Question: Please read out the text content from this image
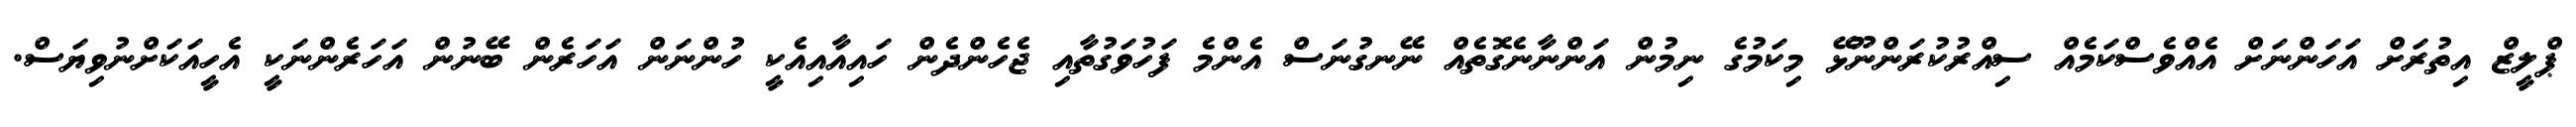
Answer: ޕްލީޒް އިތުރަށް އަހަންނަށް އެއްވެސްކަމެއް ސިއްރުކުރަންނޫޅޭ މިކަމުގެ ނިމުން އަންނާނެގޮތެއް ނޭނގުނަސް އެންމެ ފަހުވަގުތާއި ޖެހެންދެން ހައިއާއިއެކީ ހުންނަން އަހަރެން ބޭނުން އަހަރެންނަކީ އެހީއަކަށްނުވިޔަސް.